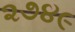
૨૭૪૯